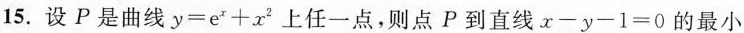
15.设P是曲线$$y = e ^ { x } + x ^ { 2 }$$上任一点，则点P到直线$$x - y - 1 = 0$$的最小